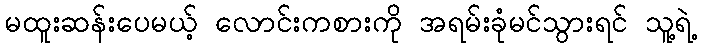
မထူးဆန်းပေမယ့် လောင်းကစားကို အရမ်းခုံမင်သွားရင် သူ့ရဲ့